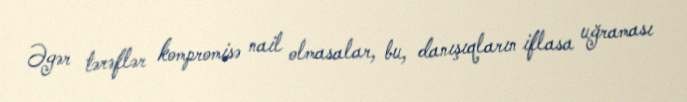
Əgər tərəflər kompromisə nail olmasalar, bu, danışıqların iflasa uğraması